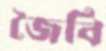
জৈবি